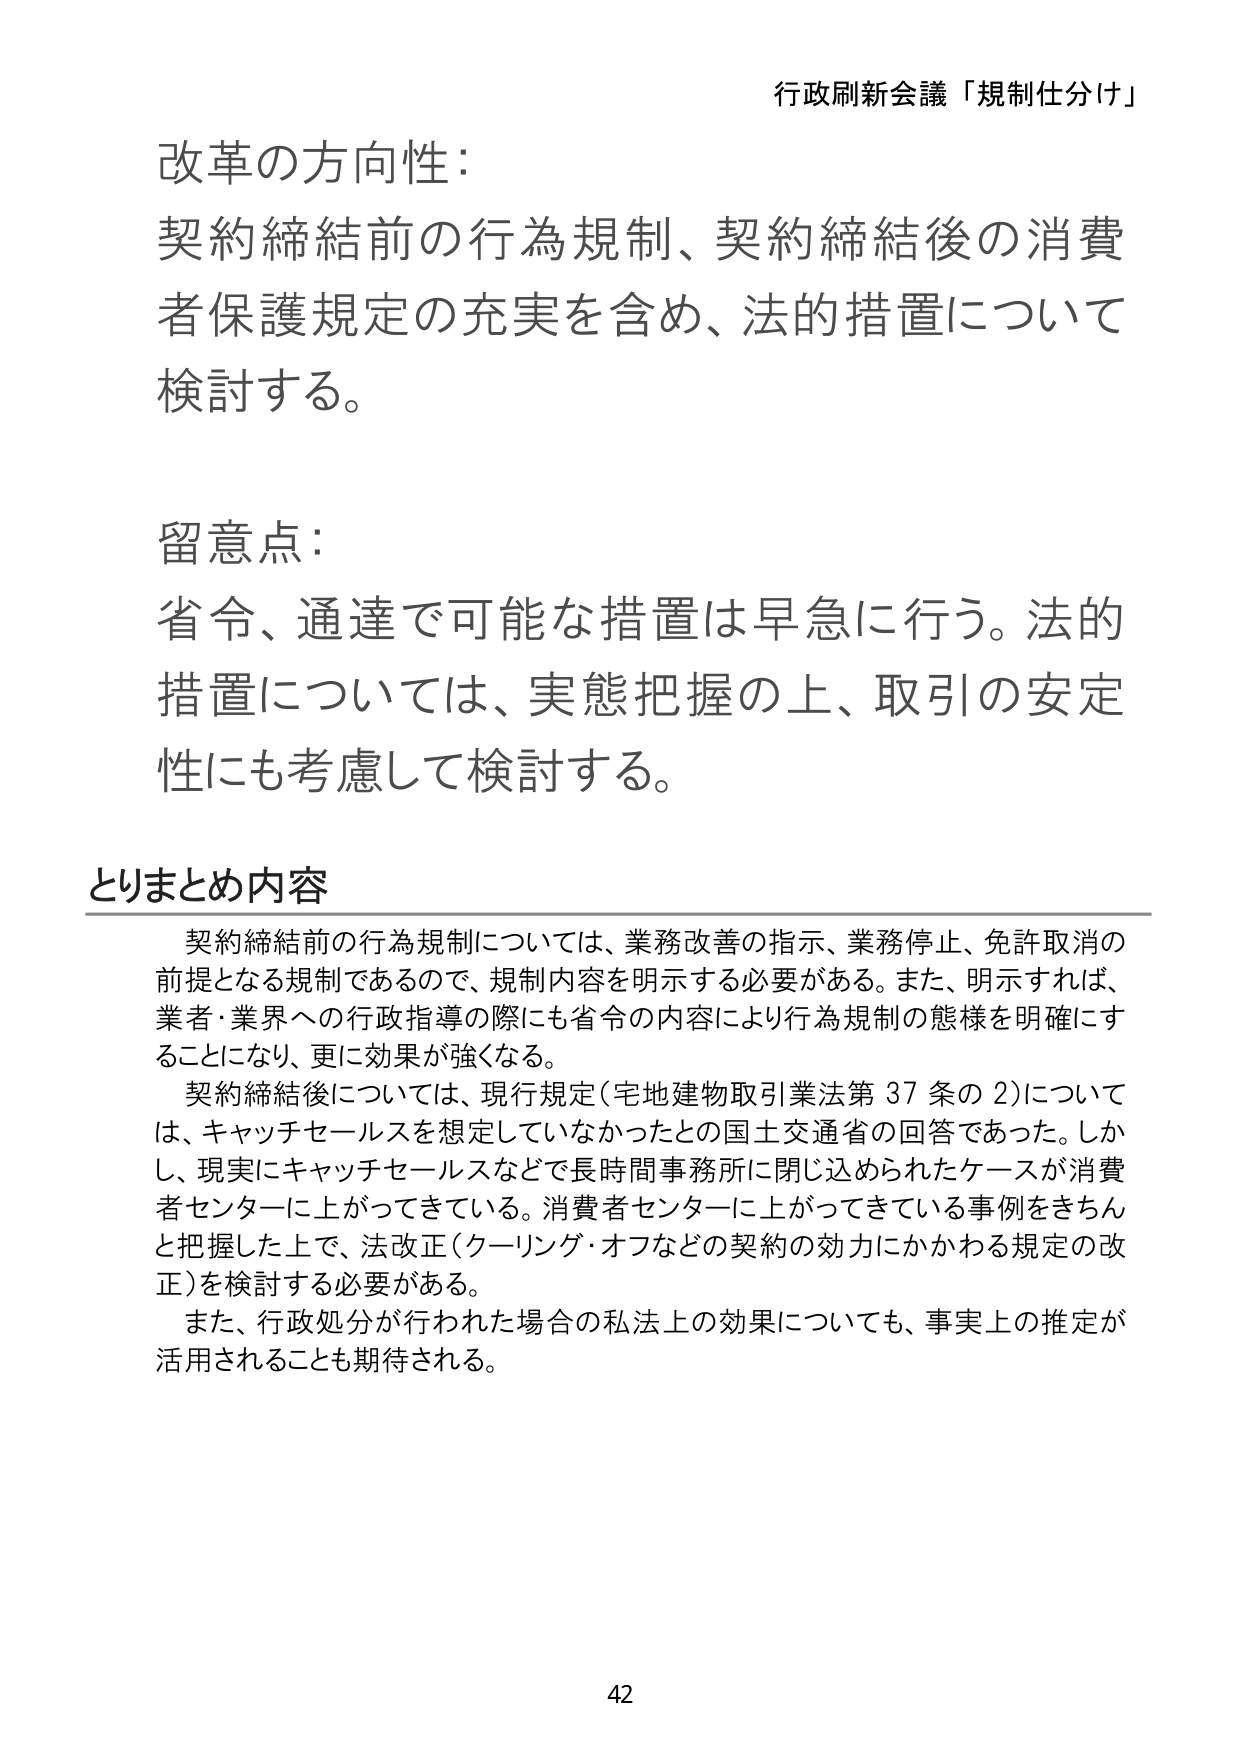
行政刷新会議「規制仕分け」

改革の方向性：
契約締結前の行為規制、契約締結後の消費者保護規定の充実を含め、法的措置について検討する。

留意点：
省令、通達で可能な措置は早急に行う。法的措置については、実態把握の上、取引の安定性にも考慮して検討する。

とりまとめ内容
契約締結前の行為規制については、業務改善の指示、業務停止、免許取消の前提となる規制であるので、規制内容を明示する必要がある。また、明示すれば、業者・業界への行政指導の際にも省令の内容により行為規制の態様を明確にすることになり、更に効果が強くなる。
契約締結後については、現行規定（宅地建物取引業法第37条の2）については、キャッチセールスを想定していなかったとの国土交通省の回答であった。しかし、現実にキャッチセールスなどで長時間事務所に閉じ込められたケースが消費者センターに上がってきてている。消費者センターに上がってきてている事例をきちんと把握した上で、法改正（クーリング・オフなどの契約の効力にかかわる規定の改正）を検討する必要がある。
また、行政処分が行われた場合の私法上の効果についても、事実上の推定が活用されることも期待される。

42